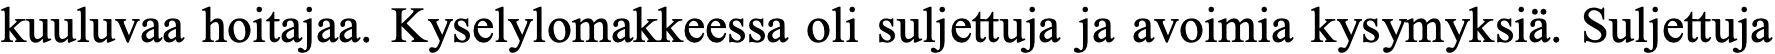
kuuluvaa hoitajaa. Kyselylomakkeessa oli suljettuja ja avoimia kysymyksiä. Suljettuja